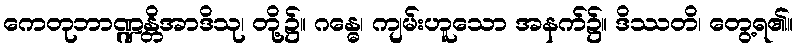
ကေတုဘာဏ္ဍန္တိအာဒိသု၊ တို့၌။ ဂန္ဓေ၊ ကျမ်းဟူသော အနက်၌။ ဒိဿတိ၊ တွေ့ရ၏။